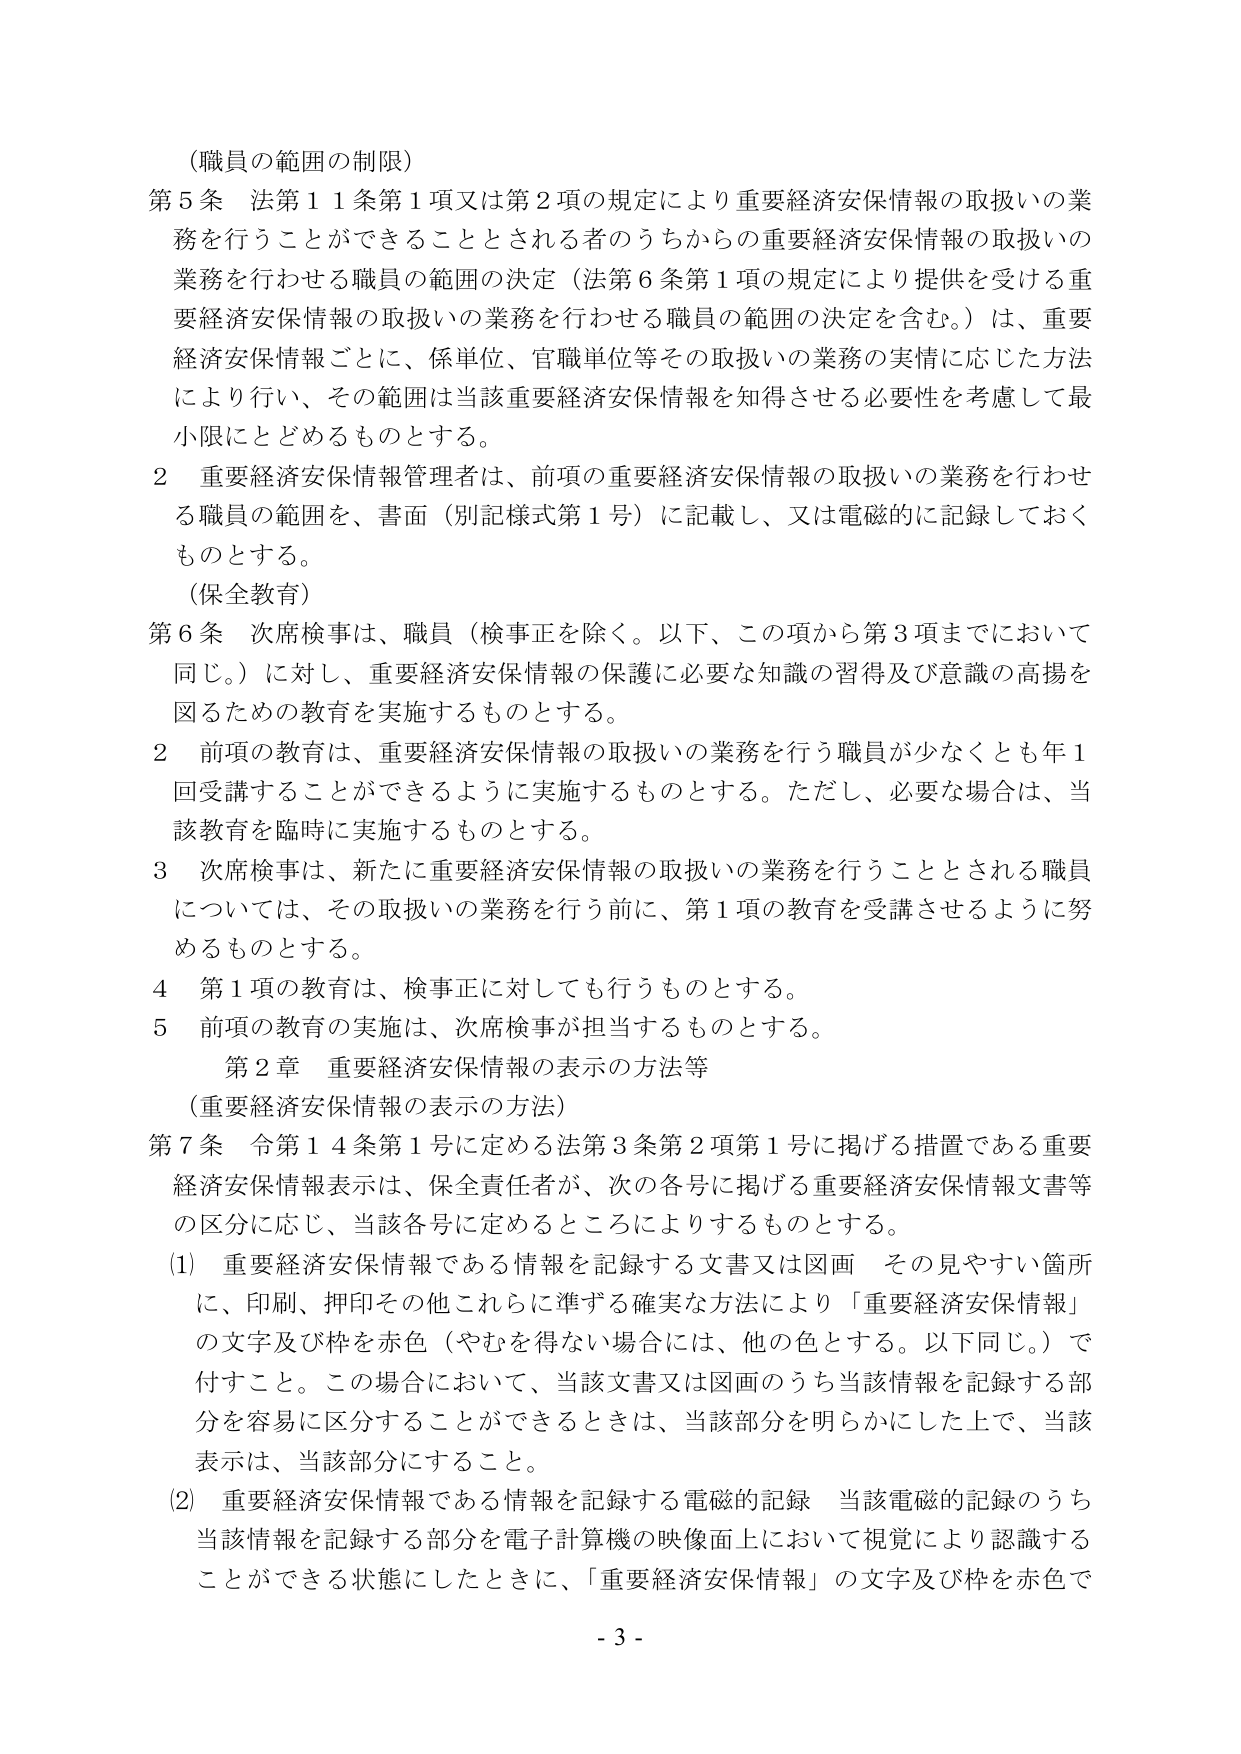
（職員の範囲の制限）
第５条 法第１１条第１項又は第２項の規定により重要経済安保情報の取扱いの業務を行うことができる 것으로される者のうちからの重要経済安保情報の取扱いの業務を行わせる職員の範囲の決定（法第６条第１項の規定により提供を受ける重要経済安保情報の取扱いの業務を行わせる職員の範囲の決定を含む。）は、重要経済安保情報ごとに、係単位、官職単位等その取扱いの業務の実情に応じた方法により行い、その範囲は当該重要経済安保情報を知得させる必要性を考慮して最小限にとどめるものとする。

２ 重要経済安保情報管理者は、前項の重要経済安保情報の取扱いの業務を行わせる職員の範囲を、書面（別記様式第１号）に記載し、又は電磁的に記録しておくものとする。

（保全教育）
第６条 次席検事は、職員（検事正を除く。以下、この項から第３項までにおいて同じ。）に対し、重要経済安保情報の保護に必要な知識の習得及び意識の高揚を図るための教育を実施するものとする。

２ 前項の教育は、重要経済安保情報の取扱いの業務を行う職員が少なくとも年１回受講することができるように実施するものとする。ただし、必要な場合は、当該教育を臨時に実施するものとする。

３ 次席検事は、新たに重要経済安保情報の取扱いの業務を行うこととされる職員については、その取扱いの業務を行う前に、第１項の教育を受講させるように努めるものとする。

４ 第１項の教育は、検事正に対しても行うものとする。

５ 前項の教育の実施は、次席検事が担当するものとする。

第２章 重要経済安保情報の表示の方法等
（重要経済安保情報の表示の方法）
第７条 令第１４条第１号に定める法第３条第２項第１号に掲げる措置である重要経済安保情報表示は、保全責任者が、次の各号に掲げる重要経済安保情報文書等の区分に応じ、当該各号に定めるところによりするものとする。

（1） 重要経済安保情報である情報を記録する文書又は図画 その見やすい箇所に、印刷、押印その他これらに準ずる確実な方法により「重要経済安保情報」の文字及び枠を赤色（やむを得ない場合には、他の色とする。以下同じ。）で付すこと。この場合において、当該文書又は図画のうち当該情報を記録する部分を容易に区分することができるときは、当該部分を明らかにした上で、当該表示は、当該部分にすること。

（2） 重要経済安保情報である情報を記録する電磁的記録 当該電磁的記録のうち当該情報を記録する部分を電子計算機の映像面上において視覚により認識することができる状態にしたときに、「重要経済安保情報」の文字及び枠を赤色で

- 3 -